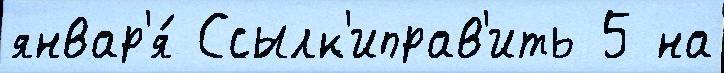
январ'я́ Ссылк'иправ'ить 5 на